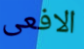
الافعى